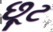
છૂટ